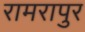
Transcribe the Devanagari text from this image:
रामरापुर